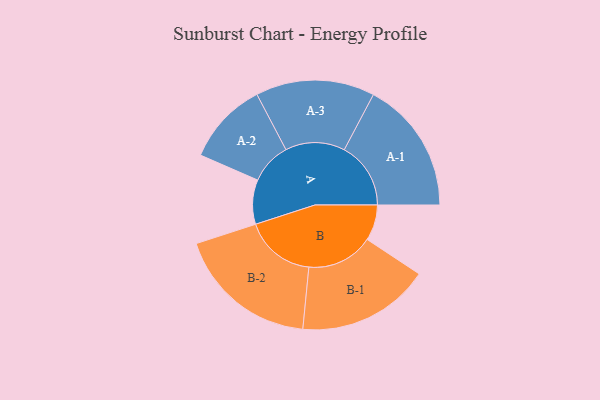
{"axis": {"x": "Segment", "y": "Value"}, "legend": ["", "A", "B"], "data": [{"x": "A", "y": 165, "type": ""}, {"x": "B", "y": 133, "type": ""}, {"x": "A-1", "y": 247, "type": "A"}, {"x": "A-2", "y": 154, "type": "A"}, {"x": "A-3", "y": 221, "type": "A"}, {"x": "B-1", "y": 247, "type": "B"}, {"x": "B-2", "y": 264, "type": "B"}]}